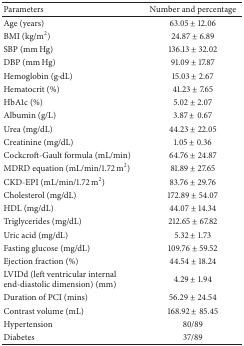
<table><thead><tr><td><b>Parameters</b></td><td><b>Number and percentage</b></td></tr></thead><tbody><tr><td>Age (years) </td><td>63.05 ± 12.06</td></tr><tr><td>BMI (kg/m<sup>2</sup>) </td><td>24.87 ± 6.89</td></tr><tr><td>SBP (mm Hg) </td><td>136.13 ± 32.02</td></tr><tr><td>DBP (mm Hg) </td><td>91.09 ± 17.87</td></tr><tr><td>Hemoglobin (g·dL) </td><td>15.03 ± 2.67</td></tr><tr><td>Hematocrit (%)</td><td>41.23 ± 7.65</td></tr><tr><td>HbA1c (%) </td><td>5.02 ± 2.07</td></tr><tr><td>Albumin (g/L)</td><td>3.87 ± 0.67</td></tr><tr><td>Urea (mg/dL)</td><td>44.23 ± 22.05</td></tr><tr><td>Creatinine (mg/dL)</td><td>1.05 ± 0.36</td></tr><tr><td>Cockcroft-Gault formula (mL/min)</td><td>64.76 ± 24.87</td></tr><tr><td>MDRD equation (mL/min/1.72 m<sup>2</sup>)</td><td>81.89 ± 27.65</td></tr><tr><td>CKD-EPI (mL/min/1.72 m<sup>2</sup>)</td><td>83.76 ± 29.76</td></tr><tr><td>Cholesterol (mg/dL)</td><td>172.89 ± 54.07</td></tr><tr><td>HDL (mg/dL)</td><td>44.07 ± 14.34</td></tr><tr><td>Triglycerides (mg/dL)</td><td>212.65 ± 67.82</td></tr><tr><td>Uric acid (mg/dL)</td><td>5.32 ± 1.73</td></tr><tr><td>Fasting glucose (mg/dL)</td><td>109.76 ± 59.52</td></tr><tr><td>Ejection fraction (%)</td><td>44.54 ± 18.24</td></tr><tr><td>LVIDd (left ventricular internal end-diastolic dimension) (mm)</td><td>4.29 ± 1.94</td></tr><tr><td>Duration of PCI (mins)</td><td>56.29 ± 24.54 </td></tr><tr><td>Contrast volume (mL)</td><td>168.92 ± 85.45</td></tr><tr><td>Hypertension </td><td>80/89</td></tr><tr><td>Diabetes </td><td>37/89</td></tr></tbody></table>